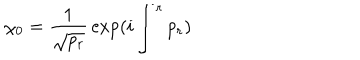
\chi _ { 0 } = { \frac { 1 } { \sqrt { p _ { r } } } } \exp ( i \int ^ { r } p _ { r } )